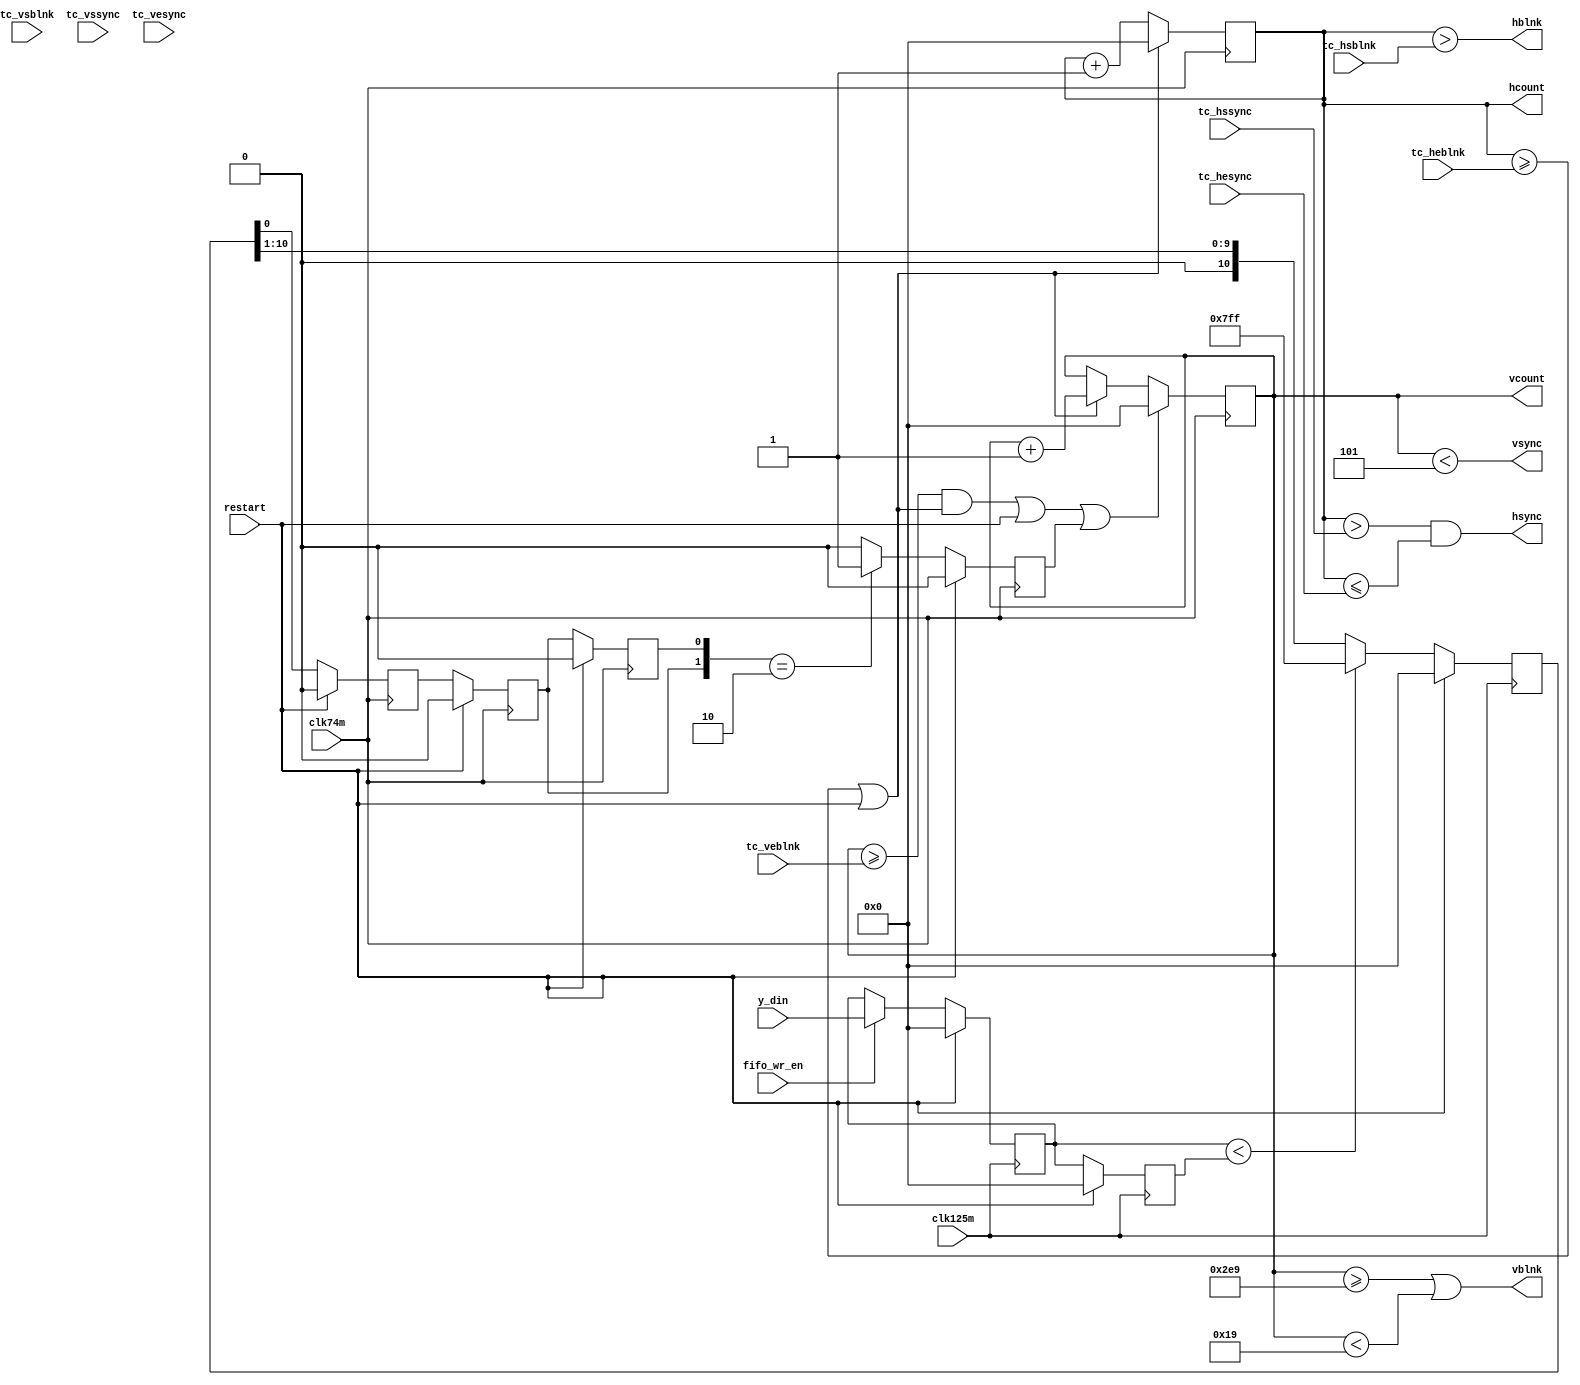
`timescale 1 ns / 1 ps

module rvsync (
	input  wire [10:0] tc_hsblnk,
	input  wire [10:0] tc_hssync,
	input  wire [10:0] tc_hesync,
	input  wire [10:0] tc_heblnk,

	output wire [10:0] hcount,
	output wire        hsync,
	output wire        hblnk,

	input  wire [10:0] tc_vsblnk,
	input  wire [10:0] tc_vssync,
	input  wire [10:0] tc_vesync,
	input  wire [10:0] tc_veblnk,

	output wire [10:0] vcount,
	output wire        vsync,
	output wire        vblnk,

	input  wire        restart,
	input  wire        clk74m,
	input  wire        clk125m,

	input  wire        fifo_wr_en,
	input  wire [10:0] y_din
);

reg [10:0] y_din_q,y_din_qq;
reg [10:0] vsync_f;

always@(posedge clk125m)begin
	if(restart)begin
		y_din_q     <= 11'b0;
		y_din_qq    <= 11'b0;
		vsync_f     <= 11'd0;
	end else begin
		y_din_qq <= y_din_q;
		if(fifo_wr_en)
			y_din_q <= y_din; 

		if(y_din_q < y_din_qq)
			vsync_f <= 12'b111111111111;
		else
			vsync_f <= {1'b0, vsync_f[10:1]};
		end
end

reg vsync_buf; //Double FF for vsync
reg vsync_buf_q;
reg vsync_buf_r;
reg vclr = 1'b0;

always@(posedge clk74m)begin
	if(restart)begin
		vsync_buf   <= 1'b0;
		vsync_buf_q <= 1'b0;
		vsync_buf_r <= 1'b0;
		vclr        <= 1'b0;
	end else begin
		vsync_buf   <= vsync_f[0];
		vsync_buf_q <= vsync_buf;
		vsync_buf_r <= vsync_buf_q;
		if ({vsync_buf_q,vsync_buf_r} == 2'b10)
			vclr <= 1'b1;
		else
			vclr <= 1'b0;
	end
end

//******************************************************************//
// This logic describes a 11-bit horizontal position counter.       //
//******************************************************************//

reg    [10:0] hpos_cnt = 0;
wire          hpos_clr;
wire          hpos_ena;

always @(posedge clk74m) begin : hcounter
	if(hpos_clr)
		hpos_cnt <= 11'b000_0000_0000;
	else if(hpos_ena)
		hpos_cnt <= hpos_cnt + 11'b000_0000_0001;
end

/******************************************************************/
// This logic describes a 11-bit vertical position counter.         //
//******************************************************************//

reg    [10:0] vpos_cnt = 0;
wire          vpos_clr;
wire          vpos_ena;

always @(posedge clk74m)
begin : vcounter
	if(vpos_clr)
		vpos_cnt <= 11'b000_0000_0000;
	else if(vpos_ena)
		vpos_cnt <= vpos_cnt + 11'b000_0000_0001;
end


//******************************************************************//
// This logic describes the position counter control.  Counters are //
// reset when they reach the total count and the counter is then    //
// enabled to advance.  Use of GTE operator ensures dynamic changes //
// to display timing parameters do not allow counters to run away.  //
//******************************************************************//

assign hpos_ena = 1'b1;
assign hpos_clr = ((hpos_cnt >= tc_heblnk) && hpos_ena ) || restart; // || vclr;

assign vpos_ena = hpos_clr;
assign vpos_clr = ((vpos_cnt >= tc_veblnk) && vpos_ena ) || restart || vclr;
//  assign vpos_clr = restart || vclr;

//******************************************************************//
// This is the logic for the horizontal outputs.  Active video is   //
// always started when the horizontal count is zero.  Example:      //
//                                                                  //
// tc_hsblnk = 03                                                   //
// tc_hssync = 07                                                   //
// tc_hesync = 11                                                   //
// tc_heblnk = 15 (htotal)                                          //
//                                                                  //
// hcount   00 01 02 03 04 05 06 07 08 09 10 11 12 13 14 15         //
// hsync    ________________________------------____________        //
// hblnk    ____________------------------------------------        //
//                                                                  //
// hsync time  = (tc_hesync - tc_hssync) pixels                     //
// hblnk time  = (tc_heblnk - tc_hsblnk) pixels                     //
// active time = (tc_hsblnk + 1) pixels                             //
//                                                                  //
//******************************************************************//

assign hcount = hpos_cnt;
assign hblnk = (hcount > tc_hsblnk);
assign hsync = (hcount > tc_hssync) && (hcount <= tc_hesync);

//******************************************************************//
// This is the logic for the vertical outputs.  Active video is     //
// always started when the vertical count is zero.  Example:        //
//                                                                  //
// tc_vsblnk = 03                                                   //
// tc_vssync = 07                                                   //
// tc_vesync = 11                                                   //
// tc_veblnk = 15 (vtotal)                                          //
//                                                                  //
// vcount   00 01 02 03 04 05 06 07 08 09 10 11 12 13 14 15         //
// vsync    ________________________------------____________        //
// vblnk    ____________------------------------------------        //
//                                                                  //
// vsync time  = (tc_vesync - tc_vssync) lines                      //
// vblnk time  = (tc_veblnk - tc_vsblnk) lines                      //
// active time = (tc_vsblnk + 1) lines                              //
//                                                                  //
//******************************************************************//

assign vcount = vpos_cnt;
assign vblnk = (vcount >= 11'd745) || (vcount < 11'd25);
assign vsync = (vcount < 5);

//******************************************************************//
//                                                                  //
//******************************************************************//

endmodule